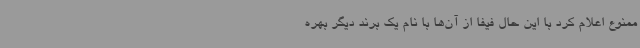
ممنوع اعلام کرد با این حال فیفا از آن‌ها با نام یک برند دیگر بهره